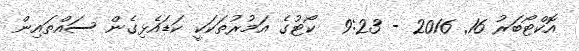
އޮކްޓޯބަރު 16